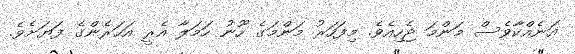
އަނެއްކާވެސް މަންމަ ޖެހިއެވެ. މިފަހަރު މަންމަގެ ހޫނު ހަމަލާ އެރީ އަހަރެންގެ ފަޔަށެވެ.